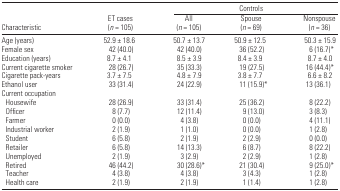
<table><thead><tr><td></td><td></td><td colspan="3"><b>Controls</b></td></tr><tr><td><b>Characteristic</b></td><td><b>ET cases (<i>n</i> = 105)</b></td><td><b>All (<i>n</i> = 105)</b></td><td><b>Spouse (<i>n</i> = 69)</b></td><td><b>Nonspouse (<i>n</i> = 36)</b></td></tr></thead><tbody><tr><td>Age (years)</td><td>52.9 ± 18.6</td><td>50.7 ± 13.7</td><td>50.9 ± 12.5</td><td>50.3 ± 15.9</td></tr><tr><td>Female sex</td><td>42 (40.0)</td><td>42 (40.0)</td><td>36 (52.2)</td><td>6 (16.7)*</td></tr><tr><td>Education (years)</td><td>8.7 ± 4.1</td><td>8.5 ± 3.9</td><td>8.4 ± 3.9</td><td>8.7 ± 4.0</td></tr><tr><td>Current cigarette smoker</td><td>28 (26.7)</td><td>35 (33.3)</td><td>19 (27.5)</td><td>16 (44.4)*</td></tr><tr><td>Cigarette pack-years</td><td>3.7 ± 7.5</td><td>4.8 ± 7.9</td><td>3.8 ± 7.7</td><td>6.6 ± 8.2</td></tr><tr><td>Ethanol user</td><td>33 (31.4)</td><td>24 (22.9)</td><td>11 (15.9)*</td><td>13 (36.1)</td></tr><tr><td colspan="5">Current occupation</td></tr><tr><td> Housewife</td><td>28 (26.9)</td><td>33 (31.4)</td><td>25 (36.2)</td><td>8 (22.2)</td></tr><tr><td> Officer</td><td>8 (7.7)</td><td>12 (11.4)</td><td>9 (13.0)</td><td>3 (8.3)</td></tr><tr><td> Farmer</td><td>0 (0.0)</td><td>4 (3.8)</td><td>0 (0.0)</td><td>4 (11.1)</td></tr><tr><td> Industrial worker</td><td>2 (1.9)</td><td>1 (1.0)</td><td>0 (0.0)</td><td>1 (2.8)</td></tr><tr><td> Student</td><td>6 (5.8)</td><td>2 (1.9)</td><td>2 (2.9)</td><td>0 (0.0)</td></tr><tr><td> Retailer</td><td>6 (5.8)</td><td>14 (13.3)</td><td>6 (8.7)</td><td>8 (22.2)</td></tr><tr><td> Unemployed</td><td>2 (1.9)</td><td>3 (2.9)</td><td>2 (2.9)</td><td>1 (2.8)</td></tr><tr><td> Retired</td><td>46 (44.2)</td><td>30 (28.6)*</td><td>21 (30.4)</td><td>9 (25.0)*</td></tr><tr><td> Teacher</td><td>4 (3.8)</td><td>4 (3.8)</td><td>3 (4.3)</td><td>1 (2.8)</td></tr><tr><td> Health care</td><td>2 (1.9)</td><td>2 (1.9)</td><td>1 (1.4)</td><td>1 (2.8)</td></tr></tbody></table>